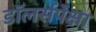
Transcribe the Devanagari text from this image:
डॉलर्सपेक्षा